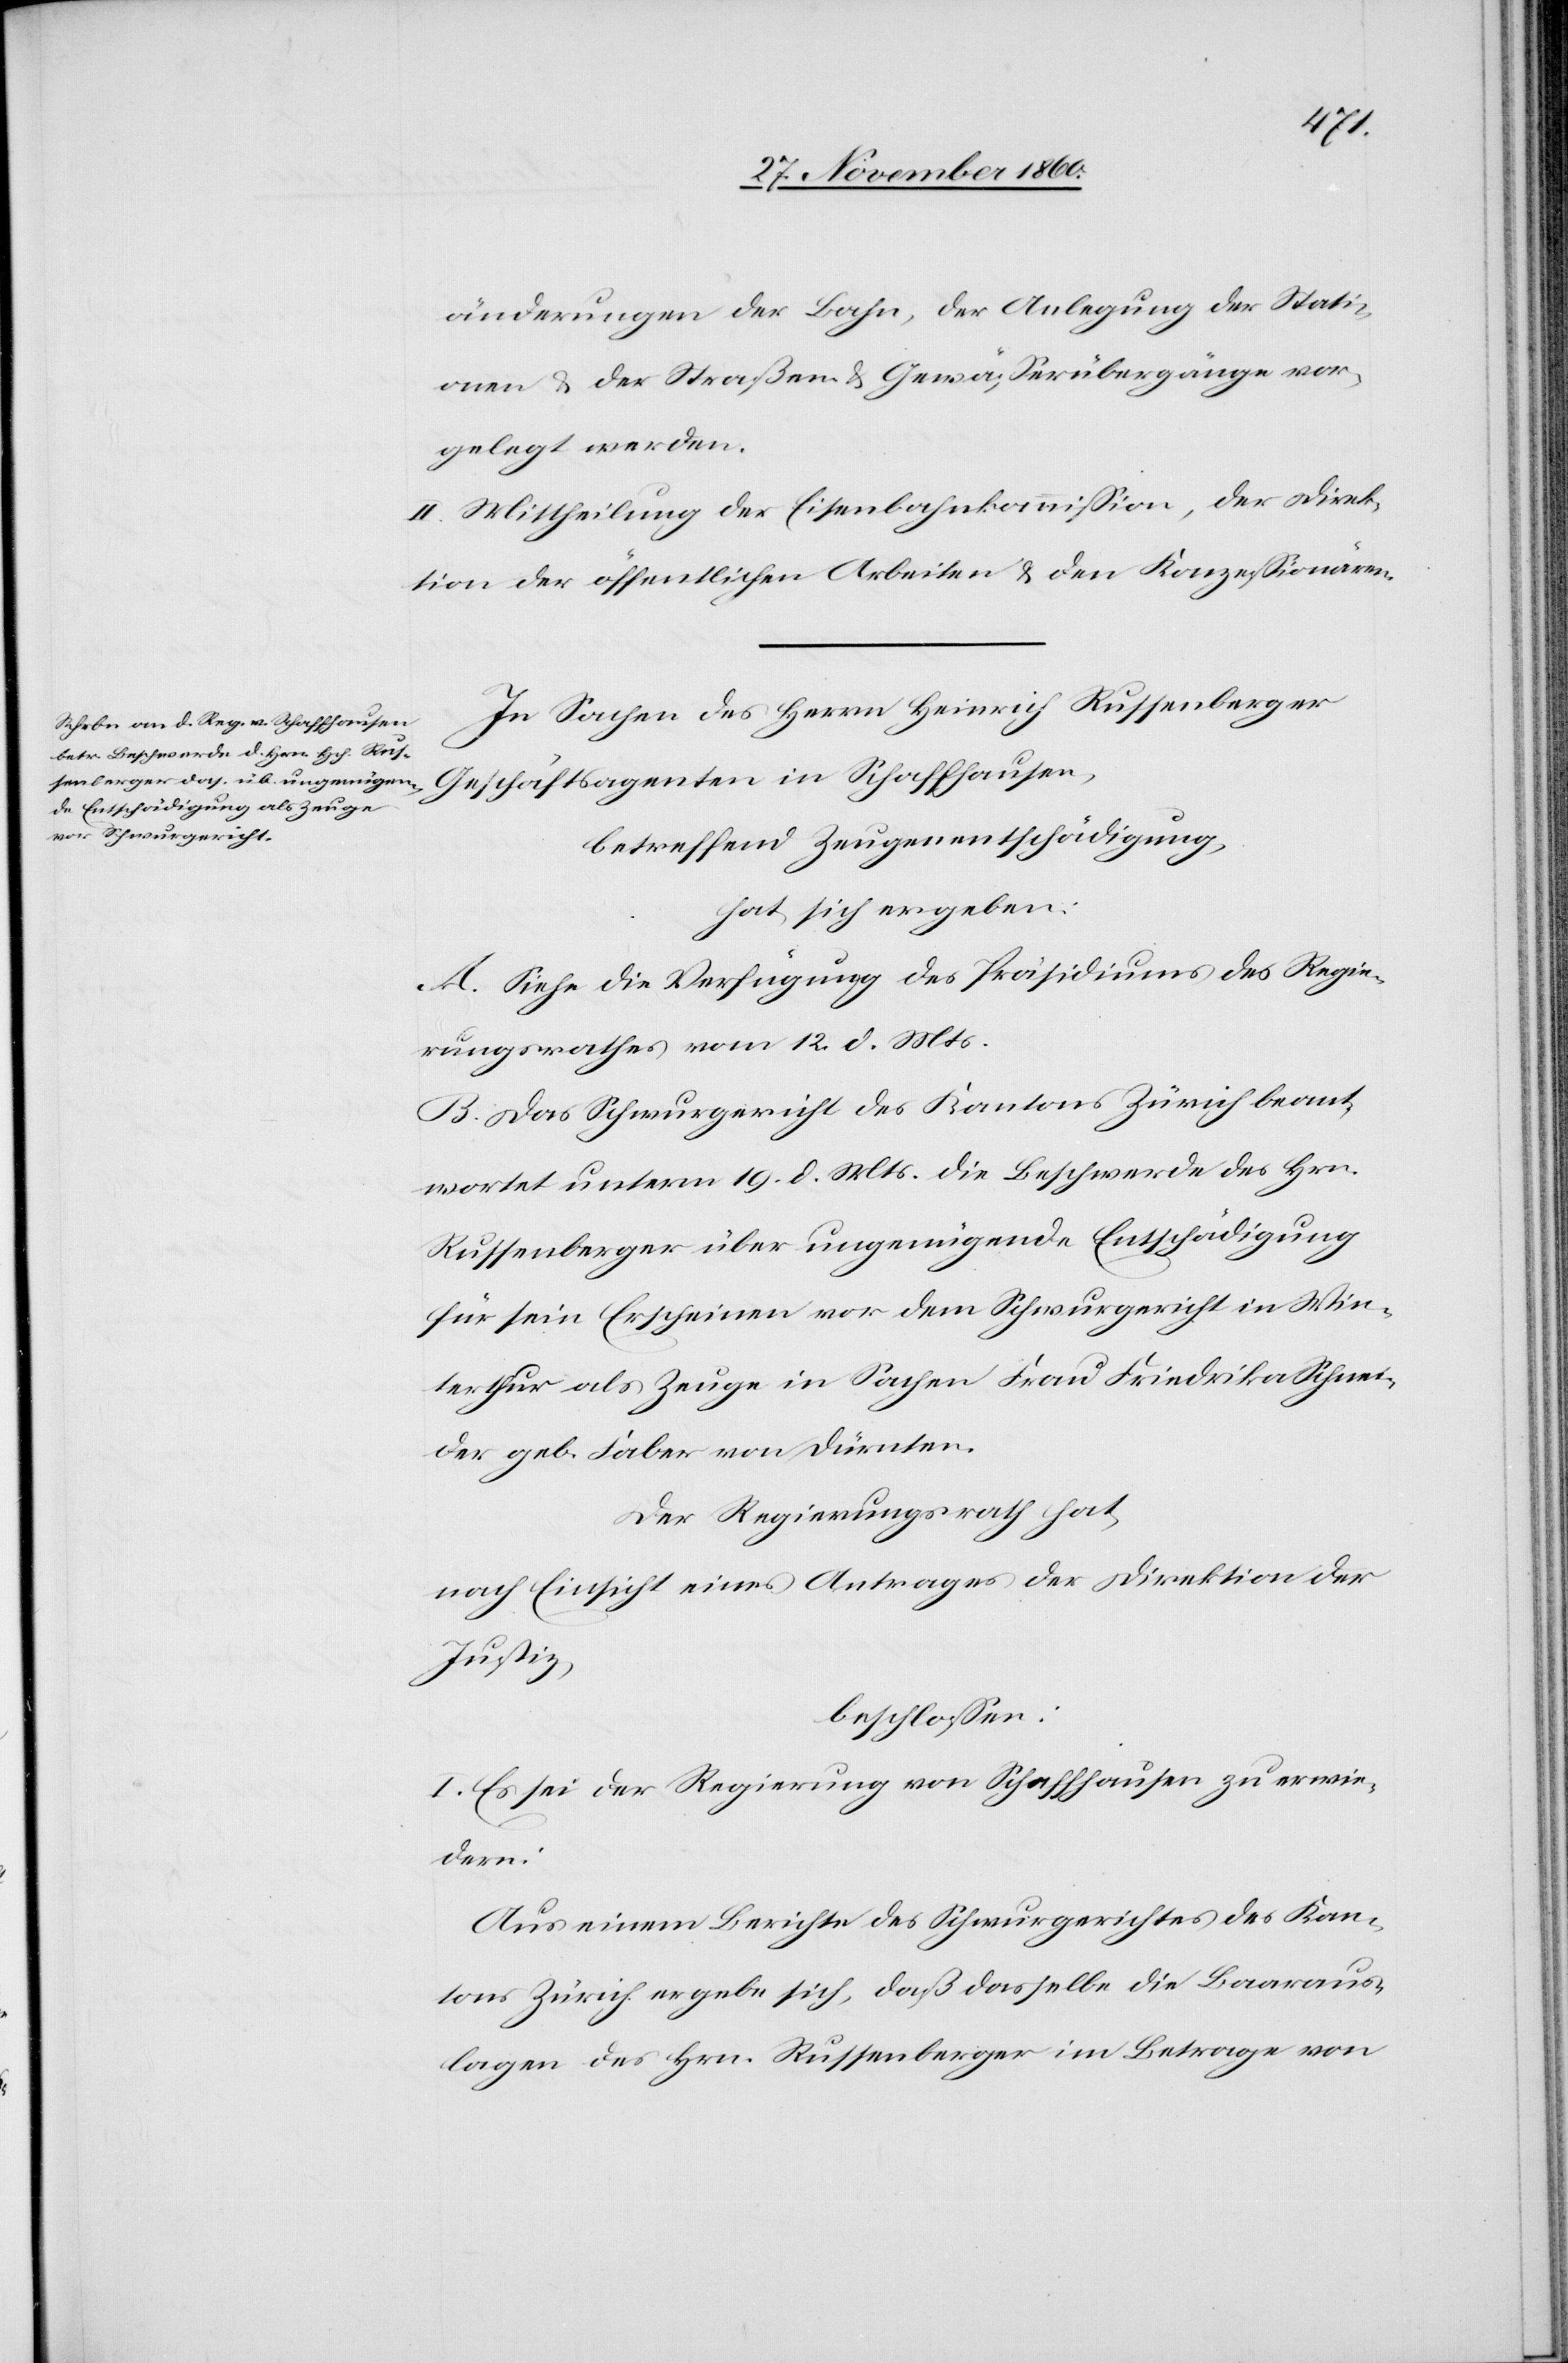
änderungen der Bahn, der Anlegung der Stati¬
onen u. der Straßen- u. Gewässerübergänge vor¬
gelegt werden.
II. Mittheilung der Eisenbahnkommission, der Direk¬
tion der öffentlichen Arbeiten u. den Konzessionären.
In Sachen des Herrn Heinrich Russenberger
Geschäftsagenten in Schaffhausen,
betreffend Zeugenentschädigung,
hat sich ergeben:
A. Siehe die Verfügung des Präsidiums des Regie¬
rungsrathes vom 12. d. Mts.
B. Das Schwurgericht des Kantons Zürich beant¬
wortet unterm 19. d. Mts. die Beschwerde des Hrn.
Russenberger über ungenügende Entschädigung
für sein Erscheinen vor dem Schwurgericht in Win¬
terthur als Zeuge in Sachen Frau Friederika Schnei¬
der geb. Faber von Dürnten.
Der Regierungsrath hat,
nach Einsicht eines Antrages der Direktion der
Justiz,
beschlossen:
I. Es sei der Regierung von Schaffhausen zu erwie¬
dern:
Aus einem Berichte des Schwurgerichtes des Kan¬
tons Zürich ergebe sich, daß dasselbe die Baaraus¬
lagen des Hrn. Russenberger im Betrage von